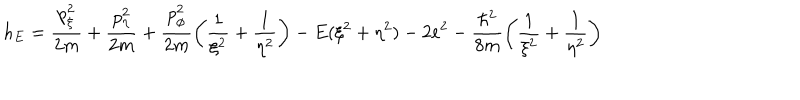
LaTeX: h _ { E } = \frac { p _ { \xi } ^ { 2 } } { 2 m } + \frac { p _ { \eta } ^ { 2 } } { 2 m } + \frac { p _ { \phi } ^ { 2 } } { 2 m } \left( \frac { 1 } { \xi ^ { 2 } } + \frac { 1 } { \eta ^ { 2 } } \right) - E ( \xi ^ { 2 } + \eta ^ { 2 } ) - 2 e ^ { 2 } - \frac { \hbar ^ { 2 } } { 8 m } \left( \frac { 1 } { \xi ^ { 2 } } + \frac { 1 } { \eta ^ { 2 } } \right)